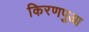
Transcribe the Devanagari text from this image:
किरणपुआ